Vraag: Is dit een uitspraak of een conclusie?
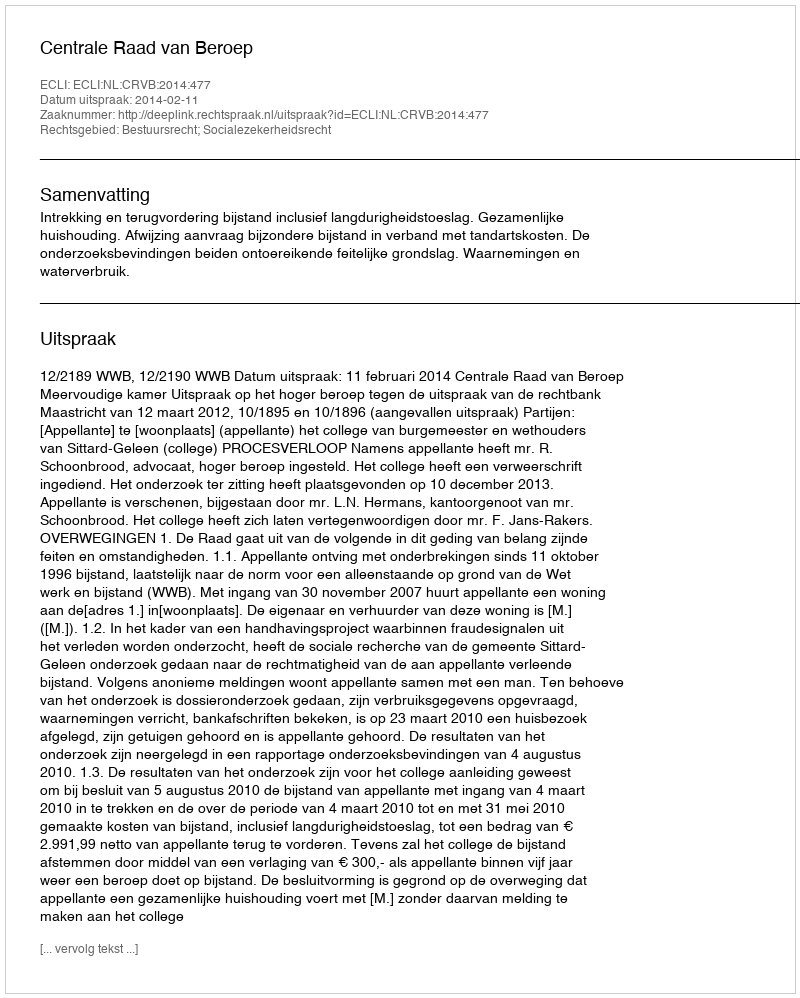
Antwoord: Uitspraak